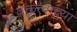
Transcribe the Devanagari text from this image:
वक्तृत्त्वाच्या